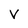
Character: V